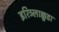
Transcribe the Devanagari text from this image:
इरिञ्लाक्कुडा